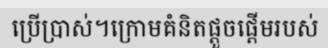
ប្រើប្រាស់។ក្រោមគំនិតផ្តួចផ្តើមរបស់